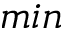
m i n